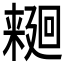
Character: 𱤑